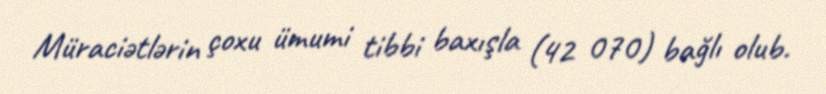
Müraciətlərin çoxu ümumi tibbi baxışla (42 070) bağlı olub.